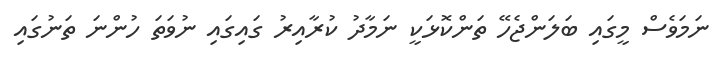
ނަމަވެސް މީގައި ބަލަންޖެހޭ ތަންކޮޅަކީ ނަމާދު ކުރާއިރު ގައިގައި ނުވަތަ ހުންނަ ތަނުގައި